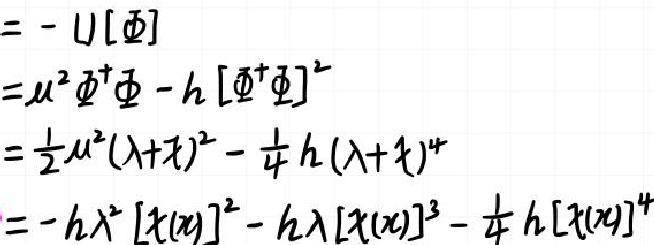
\begin{align*}
&= - U[\Phi]\\
&=\mu^{2}\Phi^{\dagger}\Phi - h[\Phi^{\dagger}\Phi]^{2}\\
&=\frac{1}{2}\mu^{2}(\lambda + \chi)^{2}-\frac{1}{4}h(\lambda + \chi)^{4}\\
&=-h\lambda^{2}[\chi(x)]^{2}-h\lambda[\chi(x)]^{3}-\frac{1}{4}h[\chi(x)]^{4}
\end{align*}